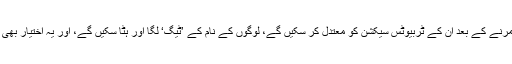
شیرل سینڈبرگ نے مزید سمجھاتے ہوئے کہا ’یہ نمائندے کسی کے مرنے کے بعد ان کے ٹربیوٹس سیکشن کو معتدل کر سکیں گے، لوگوں کے نام کے ’ٹیگ‘ لگا اور ہٹا سکیں گے، اور یہ اختیار بھی رکھیں گے کہ لکھی گئی چیزوں کو کون پڑھ سکتا ہے اور کون نہیں۔